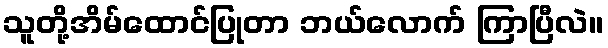
သူတို့အိမ်ထောင်ပြုတာ ဘယ်လောက် ကြာပြီလဲ။